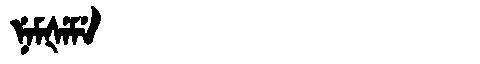
Manchu: ᠨᡝᠮᡧᡝᠮᡝ
Romanization: NEMŠEME